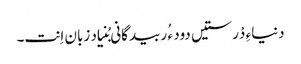
دنیاءِ دْرستیں دود ء ُ ربیدگانی بُنیاد زبان اِنت۔